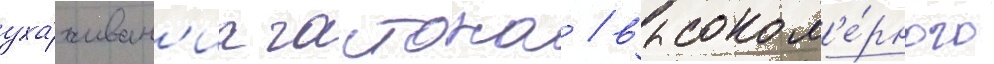
уха́живан'иа гастона / высоком'е́рного